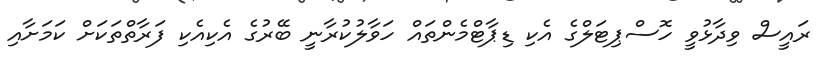
ރައީސް ވިދާޅުވީ ހޮސްޕިޓަލްގެ އެކި ޑިޕާޓްމެންތައް ހަވާލުކުރާނީ ބޭރުގެ އެކިއެކި ފަރާތްތަކަށް ކަމަށާއި